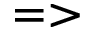
= >